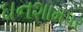
ઘનશામપર